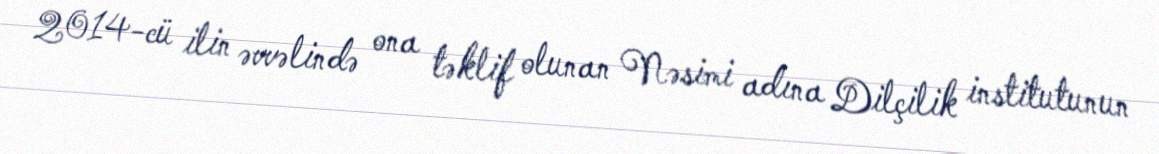
2014-cü ilin əvvəlində ona təklif olunan Nəsimi adına Dilçilik institutunun